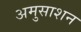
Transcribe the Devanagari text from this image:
अमुसाशन